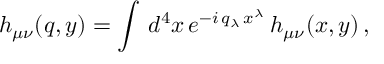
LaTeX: h _ { \mu \nu } ( q , y ) = \int \, d ^ { 4 } x \, e ^ { - i \, q _ { \lambda } \, x ^ { \lambda } } \, h _ { \mu \nu } ( x , y ) \, ,